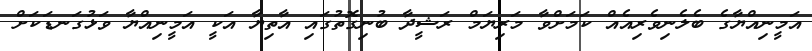
އަމީނިއްޔާގެ ބެލެނިވެރިއެއް ކަމަށްވާ މަރިޔަމް ރަޝީދާ ބުނިގޮތުގައި އާތިޔާ އަކީ އަމީނިިއްޔާ ވަޅުގަނޑަކަށް